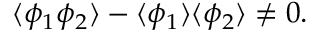
\langle \phi _ { 1 } \phi _ { 2 } \rangle - \langle \phi _ { 1 } \rangle \langle \phi _ { 2 } \rangle \neq 0 .